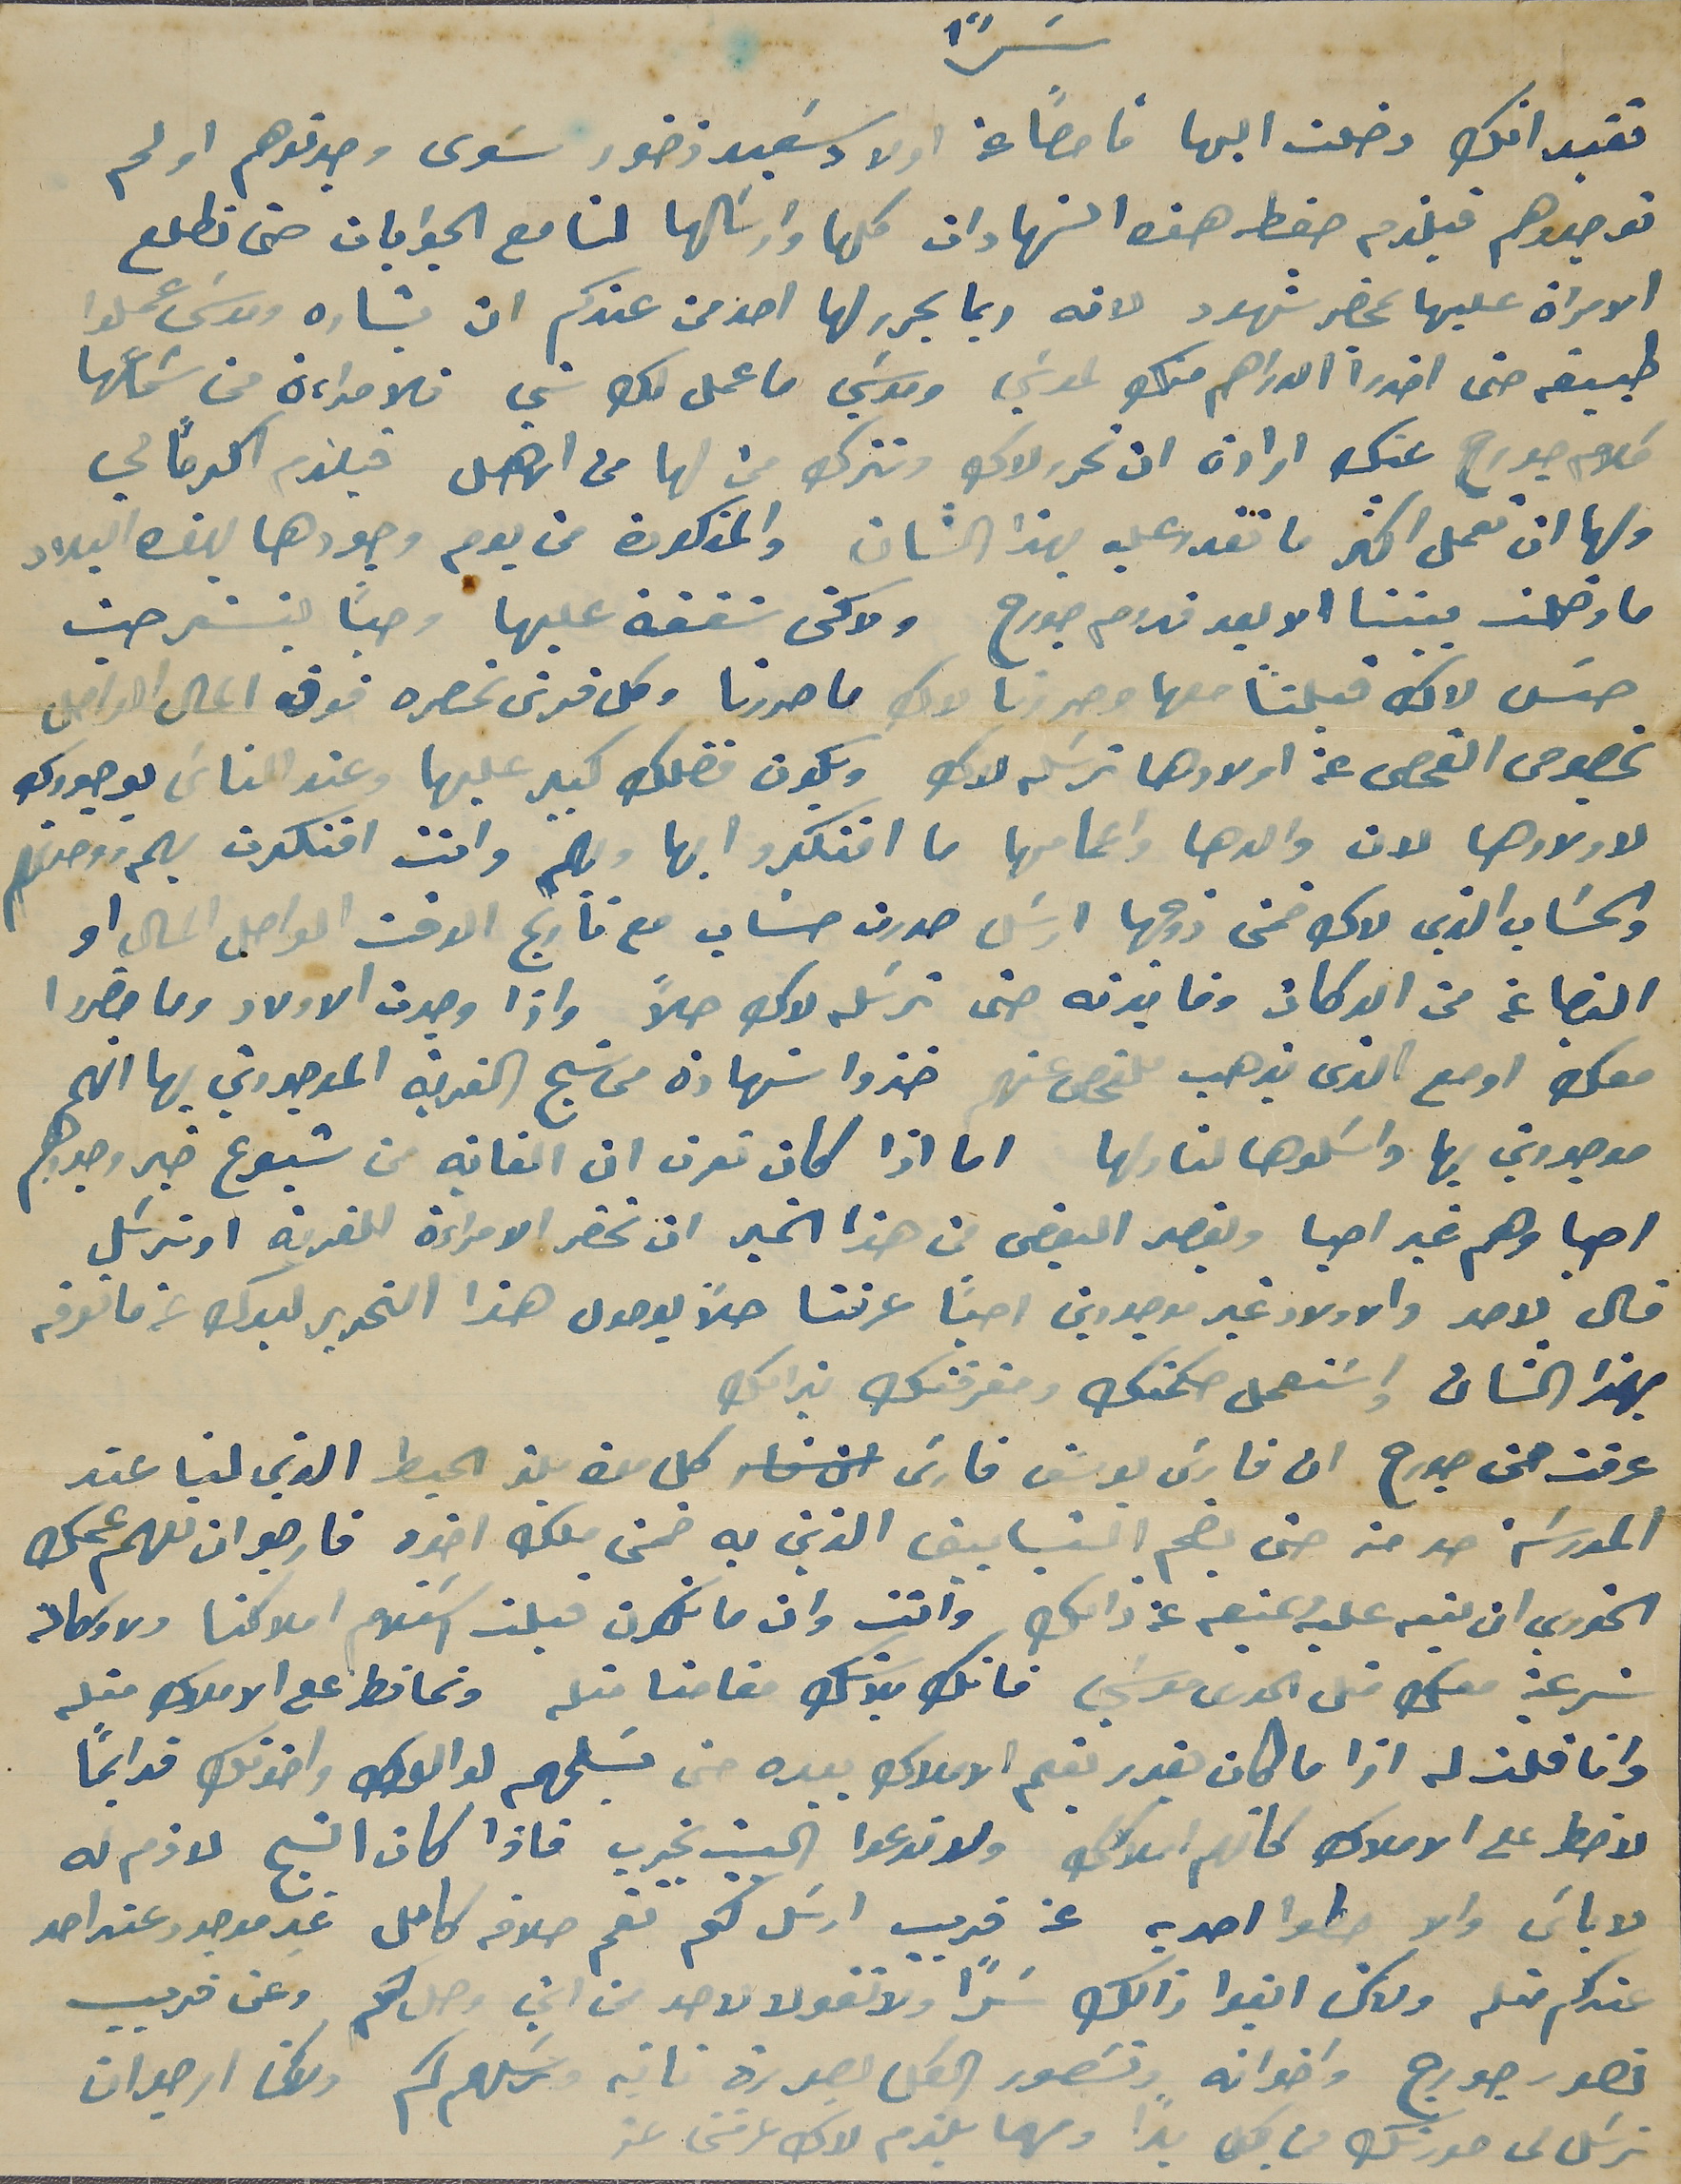
تقيد انك دخلت اليها فاحصاً عن اولاد سَعيد زخور سَوى وجدتوهم او لم
توجدوهم فيلزم حفظ هذه الشهادات كلها وارسَالها لنا مع الجوابات حتى نطلع
الامراة عليها بمحضر شهود لانه ربما يحرر لها احد من عندكم ان بشاره وموسَى عملوا
طبيقه حتى اخدوا الدراهم منك لموسَي وموسَي ما عمل لك شي فالامراءة من سَماعها
كلام جورح عنك ارادة ان تحرر لاك وتترك من لها من الاهل فيلزم اكرماً لي
ولها ان تعمل اكثر ما تقدر عليه بهذا الشان والمذكورة من يوم وجودها بهذه البلاد
ما دخلت بيتنا الا بعد قدوم جورح ولاكن شفقة عليها وحبًا ليسَتمر حيث
حسَ لاك قبلنا معها وحررنا لاك ما حررنا وكل قرش نحصره فوق المال الواصل
بخصوص الفحص عن اولادها ترسَله لاك ويكون فضلك كبير عليها وعند الناسَ بوجودك
لاولادها لان والدها واعمامها ما افتكروا بها وبهم وانت افتكرت ووحدتهم
والحسَاب الذي لاك ضمن زوجها ارسَل صورت حسَاب مع تأريج الوقت الواصل المال او
البضاعة من الدكان وفايدته حتى ترسَله لاك حلاً واذا وجدت الاولاد وما حضروا
معك او مع الذى يذهب للفحص عنهم خذوا شهادة من شيح القرية الموجودين بها انهم
موجودين بها ورسَلوها لنا ولها اما اذا كان تعرف ان الغاية من شيوع خبر وجودهم
احيا وهم غير احيا ويقصد البعض من هذا الخبر ان تحضر الامراءة للقرية او ترسَل
قال لاحد والاولاد غير موجودين احيَا عرفنا حلاً بوصول هذا التحرير ليدك عن ما تعرفه
بهذا الشان واسَتعمل حكمتك ومَعرفتك بذالك
عرفت من جورح ان فارسَ يوسَف فارسَ كل مدة يلذ الحيط الذي لنا عند
المدرسَة حد من حتى يضم الشبابيق الذين به ضمن ملك اخوه فارجو ان تعهم عمك
الخوري ان ينبه عليه المنيعه عن ذالك وانت وان ما تكون قبلت اسَتلام املاكنا ولا وكالة
شرعية معك متل الحورى موسَي فانك بلا شك مقامنا متله وتحافظ على الاملاك متله
وانا قلت له اذا ما كان يقدر يقيم الاملاك بيده حتى تسَلمهم لوالدك واخوتك قوايمًا
لا خطر على الاملاك كانهم املاكك ولا تدعوا البيت يخرب فاذا كان النبح لازم له
لاباسَ والا حطوا احد به عن قريب ارسَل لكم تقم حلاقه كامل غير موجود عند احد
عندكم متله ولاكن ابقوا ذالك سَرًا ولا تقولا لاحد من اين وصلكم وعن قريب

نصور جورج واخوانه ونصَور الكل بصورة تانيه ونرسَلهم لكم ولاكن ارجو ان
ترسَل لى صورتك من كل بداً ومهما يلزم لاك عرفنى عن
سَراً